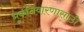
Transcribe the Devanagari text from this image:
भूकनिवारणासाठी